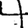
Digit: 4